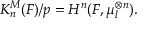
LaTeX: K _ { n } ^ { M } ( F ) / p = H ^ { n } ( F , \mu _ { l } ^ { \otimes n } ) .